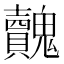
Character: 𩴺